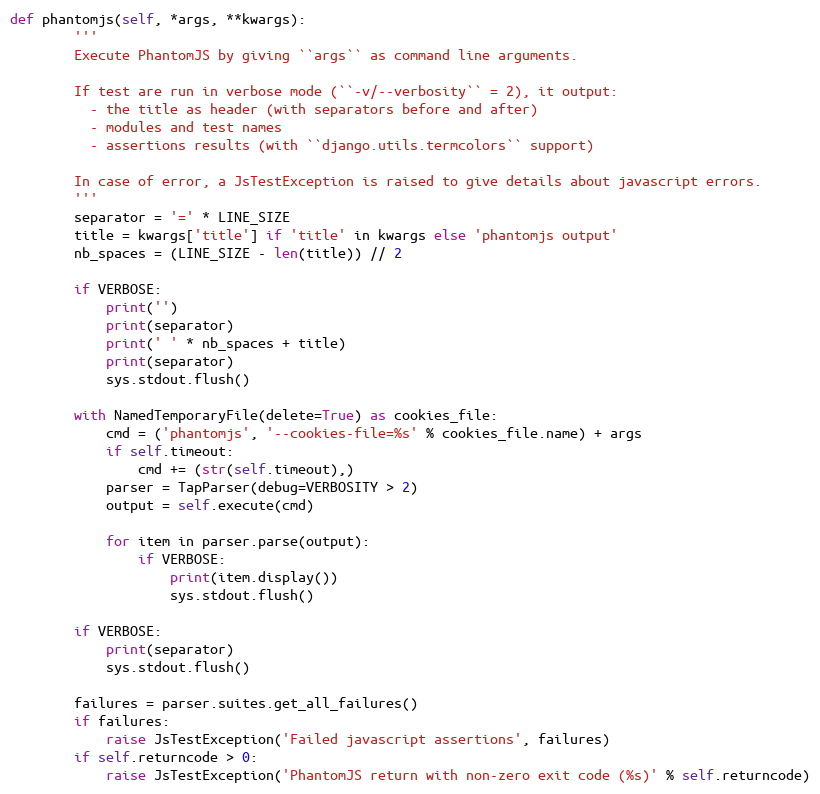
Language: Python
def phantomjs(self, *args, **kwargs):
        '''
        Execute PhantomJS by giving ``args`` as command line arguments.

        If test are run in verbose mode (``-v/--verbosity`` = 2), it output:
          - the title as header (with separators before and after)
          - modules and test names
          - assertions results (with ``django.utils.termcolors`` support)

        In case of error, a JsTestException is raised to give details about javascript errors.
        '''
        separator = '=' * LINE_SIZE
        title = kwargs['title'] if 'title' in kwargs else 'phantomjs output'
        nb_spaces = (LINE_SIZE - len(title)) // 2

        if VERBOSE:
            print('')
            print(separator)
            print(' ' * nb_spaces + title)
            print(separator)
            sys.stdout.flush()

        with NamedTemporaryFile(delete=True) as cookies_file:
            cmd = ('phantomjs', '--cookies-file=%s' % cookies_file.name) + args
            if self.timeout:
                cmd += (str(self.timeout),)
            parser = TapParser(debug=VERBOSITY > 2)
            output = self.execute(cmd)

            for item in parser.parse(output):
                if VERBOSE:
                    print(item.display())
                    sys.stdout.flush()

        if VERBOSE:
            print(separator)
            sys.stdout.flush()

        failures = parser.suites.get_all_failures()
        if failures:
            raise JsTestException('Failed javascript assertions', failures)
        if self.returncode > 0:
            raise JsTestException('PhantomJS return with non-zero exit code (%s)' % self.returncode)